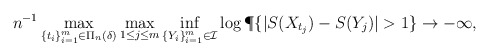
\begin{align*}n^{-1} \max_{\{t_i\}_{i=1}^m\in\Pi_n(\delta)}\max_{1\le j\le m}\inf_{\{Y_i\}_{i=1}^m\in\mathcal{I}}\log\P \{ |S(X_{t_j})- S(Y_j)|> 1\} \to -\infty,\end{align*}